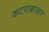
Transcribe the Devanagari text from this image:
कटराबाजार